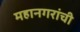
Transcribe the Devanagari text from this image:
महानगरांची